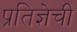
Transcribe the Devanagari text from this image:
प्रतिज्ञेची